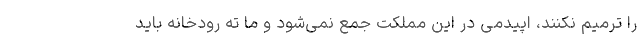
را ترمیم نکنند، اپیدمی در این مملکت جمع نمی‌شود و ما ته رودخانه باید